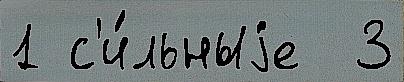
1 с'и́льныjе  3